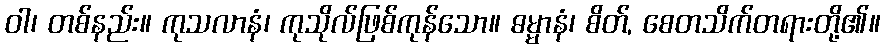
ဝါ၊ တစ်နည်း။ ကုသလာနံ၊ ကုသိုလ်ဖြစ်ကုန်သော။ ဓမ္မာနံ၊ စိတ်, စေတသိက်တရားတို့၏။